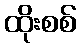
ထိုးစစ်